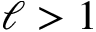
\ell > 1